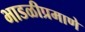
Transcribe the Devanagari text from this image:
भाडळीप्रमाणे